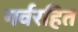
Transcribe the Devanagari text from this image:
गर्वरहित